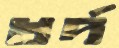
খর্দ